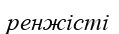
ренжісті